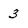
Character: 3